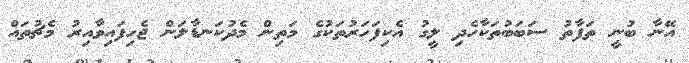
އޭނާ ބުނީ ތަފާތު ސަބަބުތަކާހެދި ލީގު އެކިފަހަރުތަކުގެ މަތިން މެދުކަނޑާލަން ޖެހިފައިވާއިރު މެޗުތައް